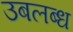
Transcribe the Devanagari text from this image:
उबलब्ध